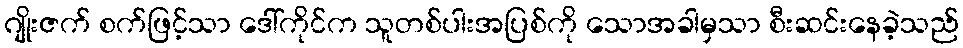
ဂျိုးဇက် စက်ဖြင့်သာ ဒေါ်ကိုင်က သူတစ်ပါးအပြစ်ကို သောအခါမှသာ စီးဆင်းနေခဲ့သည်